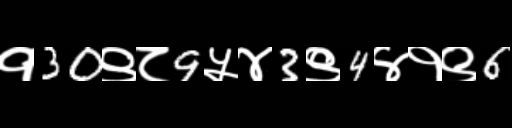
Text: १30९८9५४3९4४१९6